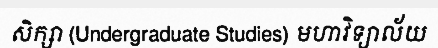
សិក្សា (Undergraduate Studies) មហាវិទ្យាល័យ